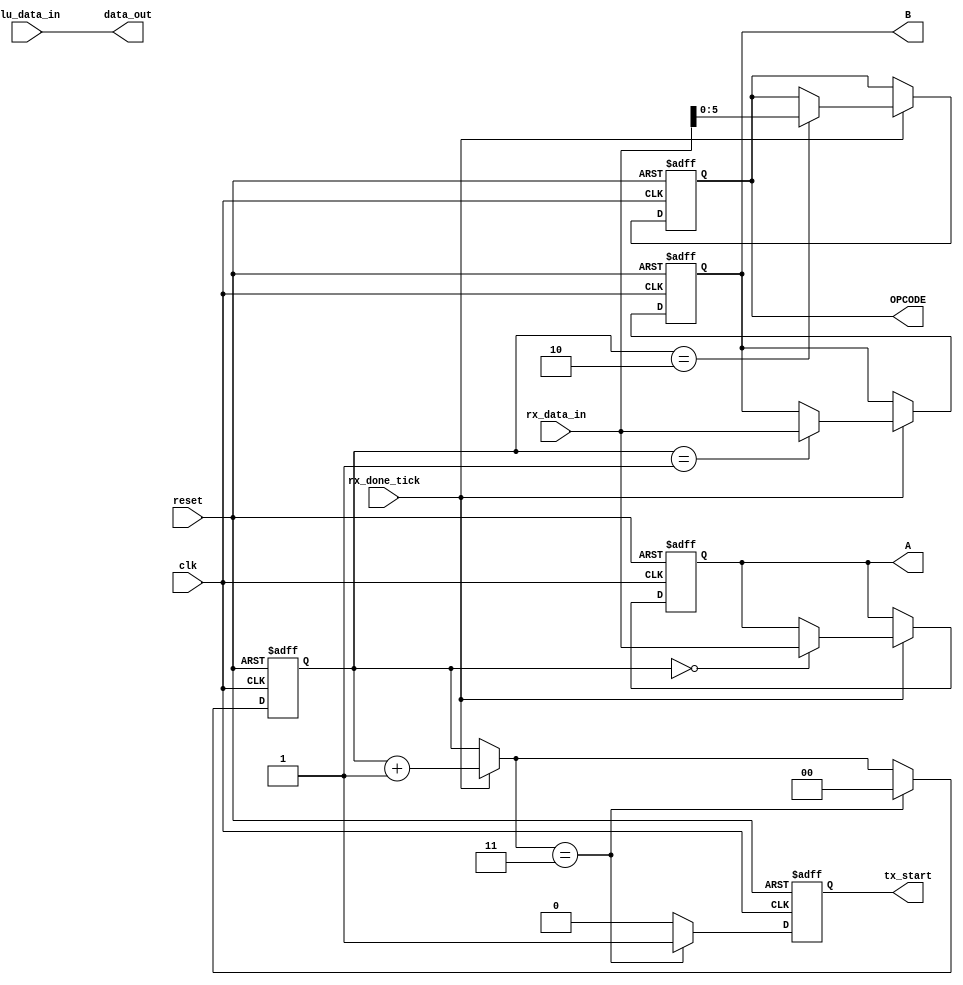
`timescale 1ns / 1ps
//////////////////////////////////////////////////////////////////////////////////
// Company: 
// Engineer: 
// 
// Design Name: 
// Module Name: interface_circuit
// Project Name: 
// Target Devices: 
// Tool Versions: 
// Description: 
// 
// Dependencies: 
// 
// Revision:
// Revision 0.01 - File Created
// Additional Comments:
// 
//////////////////////////////////////////////////////////////////////////////////


module interface_circuit
#(
	parameter LEN_DATA = 8 // # buffer bits 
) 
( 
	input clk,
 	input reset,
 	input rx_done_tick,
 	input [LEN_DATA-1:0] rx_data_in,
 	input [LEN_DATA-1:0] alu_data_in,

 	output reg tx_start,
	output reg [LEN_DATA-1 : 0] A,
	output reg [LEN_DATA-1 : 0] B,
	output reg [5 : 0] OPCODE,
 	output [LEN_DATA-1:0] data_out 
); 
	reg [1 : 0] counter_in = 2'b 00;
	
	assign data_out = alu_data_in;
	
	always @(posedge clk , posedge reset) 
	begin
		if (reset) 
			begin 
				A = 0;
				B = 0;
				OPCODE = 0;
				counter_in = 0;
				tx_start = 1'b 0;	
				// data_out = 0;		
			end 
		
		else
			begin		 	
				if (rx_done_tick) 
					begin
						case (counter_in)
							2'b 00: A = rx_data_in;
							2'b 01: B = rx_data_in;
							2'b 10: OPCODE = rx_data_in;
						endcase		
						counter_in = counter_in + 1'b 1;		
					end
			
				if (counter_in == 2'b 11)
					begin
						counter_in = 0;
						// data_out = alu_data_in; 			
						tx_start = 1'b 1;
					end
				else
					begin
						tx_start = 1'b 0;				
					end		
			end 
    end
endmodule